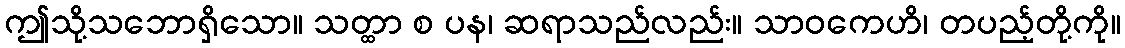
ဤသို့သဘောရှိသော။ သတ္ထာ စ ပန၊ ဆရာသည်လည်း။ သာဝကေဟိ၊ တပည့်တို့ကို။